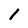
Character: 1